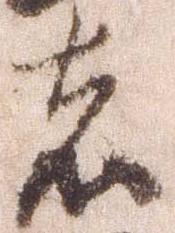
者